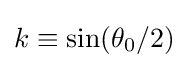
k\equiv \sin(\theta _{0}/2)